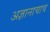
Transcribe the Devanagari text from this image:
अज्ञानाचाच